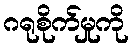
ဂရုစိုက်မှုကို